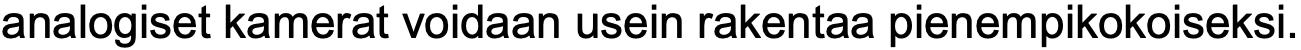
analogiset kamerat voidaan usein rakentaa pienempikokoiseksi.